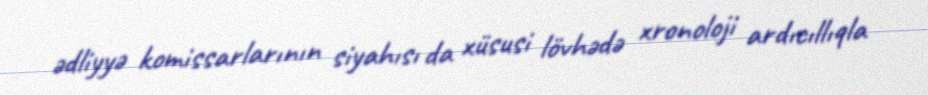
ədliyyə komissarlarının siyahısı da xüsusi lövhədə xronoloji ardıcıllıqla